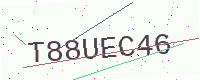
Text: T88UEC46